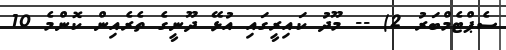
ސެޕްޓެމްބަރު 2) -- މޫދު ކައިރީގައި އުޅޭ ދޫނީގެ ތެރެއިން ކޮންމެ 10